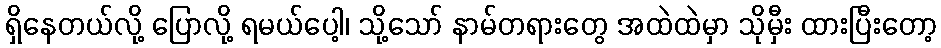
ရှိနေတယ်လို့ ပြောလို့ ရမယ်ပေါ့၊ သို့သော် နာမ်တရားတွေ အထဲထဲမှာ သိုမှီး ထားပြီးတော့